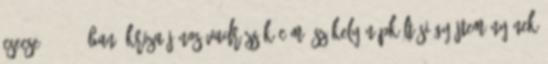
csecse."3 1863-ban, Kriza János Vadrózsák című székely népköltési gyűjteményének